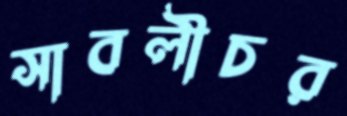
সাবলীচর